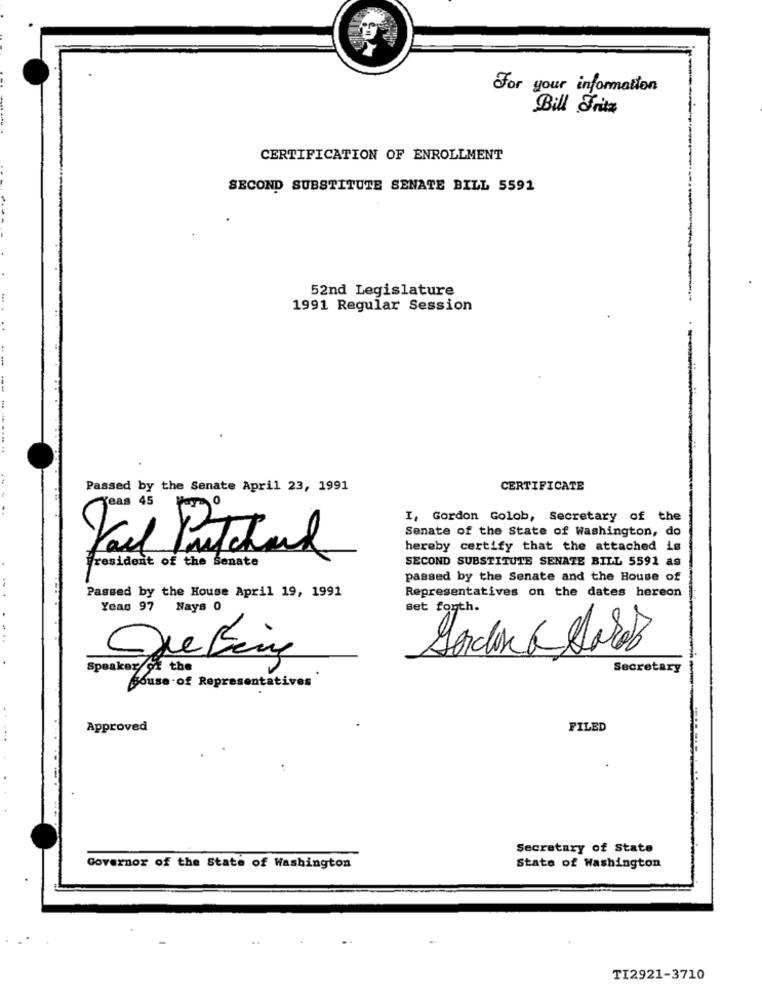
For your information
Bill Fritz
CERTIFICATION OF ENROLLMENT
SECOND SUBSTITUTE SENATE BILL 5591
52nd Legislature
1991 Regular Session
--
...
. ..
Passed by the Senate April 23, 1991
CERTIFICATE
Teas 45
I, Gordon Golob, Secretary of the
Senate of the State of Washington, do
hereby certify that the attached is
Fail Pritchard
President of the Senate
SECOND SUBSTITUTE SENATE BILL 5591 as
passed by the Senate and the House of
Passed by the House April 19, 1991
Representatives on the dates hereon
Yeas 97
Nays 0
Set forth.
...
Speaker of the
Secretary
House of Representatives
Approved
FILED
Secretary of State
Governor of the State of Washington
State of Washington
TI2921-3710